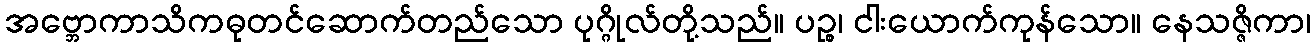
အဗ္ဘောကာသိကဓုတင်ဆောက်တည်သော ပုဂ္ဂိုလ်တို့သည်။ ပဉ္စ၊ ငါးယောက်ကုန်သော။ နေသဇ္ဇိကာ၊